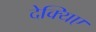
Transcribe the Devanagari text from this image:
देक्यिए